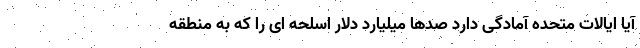
آیا ایالات متحده آمادگی دارد صدها میلیارد دلار اسلحه ای را که به منطقه